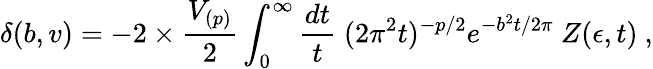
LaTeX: \delta(b,v)=-2\times{\frac{V_{(p)}}{2}}\int_{0}^{\infty}{\frac{dt}{t}}\; (2\pi^{2}t)^{-p/2}e^{-b^{2}t/2\pi}\ Z(\epsilon,t)\ ,